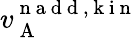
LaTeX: v_{\mathrm{~A~}}^{\mathrm{~n~a~d~d~,~k~i~n~}}